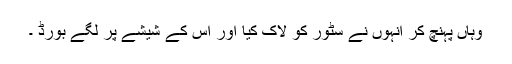
وہاں پہنچ کر انہوں نے سٹور کو لاک کیا اور اس کے شیشے پر لگے بورڈ ۔